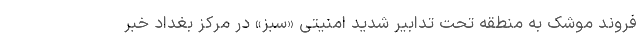
فروند موشک به منطقه تحت تدابیر شدید امنیتی «سبز» در مرکز بغداد خبر